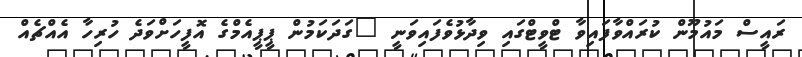
ރައީސް މައުމޫން ކުރައްވާފައިވާ ޓްވީޓްގައި ވިދާޅުވެފައިވަނީ "ގަދަކަމުން ޕީޕީއެމްގެ އޮފީހަށްވަދެ ހުރިހާ އެއްޗެއް